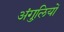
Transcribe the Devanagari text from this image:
अंगु्लियों